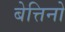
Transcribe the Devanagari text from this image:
बेत्तिनो